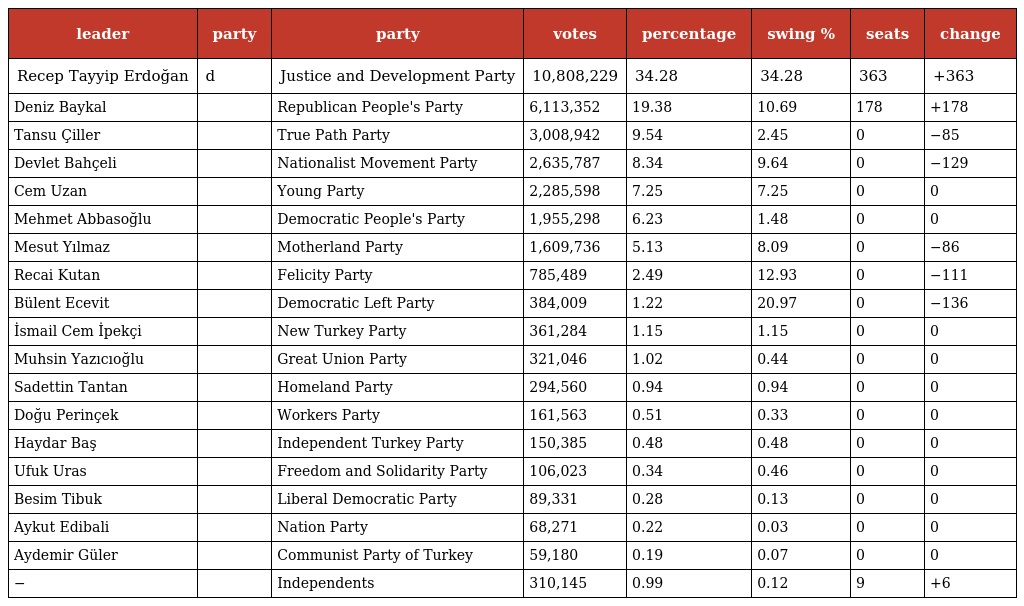
| leader | party | party | votes | percentage | swing % | seats | change |
 | --- | --- | --- | --- | --- | --- | --- | --- |
 | Recep Tayyip Erdoğan | d | Justice and Development Party | 10,808,229 | 34.28 | 34.28 | 363 | +363 |
 | Deniz Baykal |  | Republican People's Party | 6,113,352 | 19.38 | 10.69 | 178 | +178 |
 | Tansu Çiller |  | True Path Party | 3,008,942 | 9.54 | 2.45 | 0 | −85 |
 | Devlet Bahçeli |  | Nationalist Movement Party | 2,635,787 | 8.34 | 9.64 | 0 | −129 |
 | Cem Uzan |  | Young Party | 2,285,598 | 7.25 | 7.25 | 0 | 0 |
 | Mehmet Abbasoğlu |  | Democratic People's Party | 1,955,298 | 6.23 | 1.48 | 0 | 0 |
 | Mesut Yılmaz |  | Motherland Party | 1,609,736 | 5.13 | 8.09 | 0 | −86 |
 | Recai Kutan |  | Felicity Party | 785,489 | 2.49 | 12.93 | 0 | −111 |
 | Bülent Ecevit |  | Democratic Left Party | 384,009 | 1.22 | 20.97 | 0 | −136 |
 | İsmail Cem İpekçi |  | New Turkey Party | 361,284 | 1.15 | 1.15 | 0 | 0 |
 | Muhsin Yazıcıoğlu |  | Great Union Party | 321,046 | 1.02 | 0.44 | 0 | 0 |
 | Sadettin Tantan |  | Homeland Party | 294,560 | 0.94 | 0.94 | 0 | 0 |
 | Doğu Perinçek |  | Workers Party | 161,563 | 0.51 | 0.33 | 0 | 0 |
 | Haydar Baş |  | Independent Turkey Party | 150,385 | 0.48 | 0.48 | 0 | 0 |
 | Ufuk Uras |  | Freedom and Solidarity Party | 106,023 | 0.34 | 0.46 | 0 | 0 |
 | Besim Tibuk |  | Liberal Democratic Party | 89,331 | 0.28 | 0.13 | 0 | 0 |
 | Aykut Edibali |  | Nation Party | 68,271 | 0.22 | 0.03 | 0 | 0 |
 | Aydemir Güler |  | Communist Party of Turkey | 59,180 | 0.19 | 0.07 | 0 | 0 |
 | − |  | Independents | 310,145 | 0.99 | 0.12 | 9 | +6 |